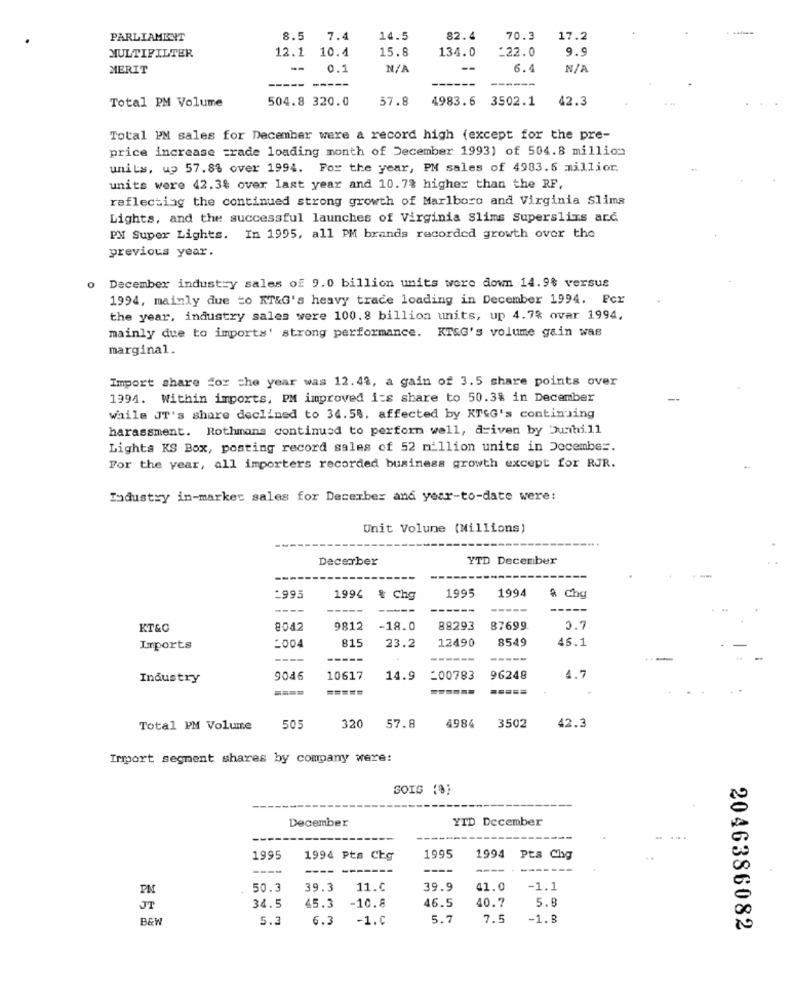
PARLIAMENT
8.5 7.4
14.5
82.4
70.3
17.2
MULTIFILTER
12.1 10.4
15.8
9.9
134.0
_22.0
MERIT
--
0.1
--
6.4
-----
Total PM Volume
504.8 320.0
57.8
4983.6 3502.1
42.3
Total PM sales for December were a record high (except for the pre-
price increase trade loading month of December 1993) of 504.8 million
units, up 57.8% over 1994. For the year, PM sales of 4983.6 million.
units were 42.3% over last year and 10.7% higher than the RF,
reflecting the continued strong growth of Marlboro and Virginia Slims
Lights, and the successful launches of Virginia Slims Superslins ard
PM Super Lights. In 1995, all PM brands recorded growth over the
previous year.
o December industry sales of 9.0 billion units were down 14.9% versus
1994, mainly due to KT&G's heavy trace loading in December 1994. Per
the year, industry sales were 100.8 billion units, up 4.7% ovar 1994,
mainly due to imports' strong performance. KT&G's volume gain was
marginal.
Import share For the year was 12.42, a gain of 3.5 share points over
1994. Within imports, PM improved its share to 50.3% in December
While JT's share declined to 34.5%. affected by KT&G's continuing
harassment. Rothmans continued to perform well, driven by Dunhill
Lights KS Box, posting record sales of 52 million units in December.
For the year, all importers recorded business growth except for RJR.
Industry in-market sales for December and year-to-date were:
Unit Volune (Millions)
---
Decerber
YTD December
-----
1995
-995
1994 & Chg
1994
A chg
----
KT&C
8042
9812
-18.0
88293
87699
0.7
1004
815
23.2
12490
8549
45.1
Imports
Industry
9046
10617
14.9
200783
96248
4.7
=====
4984
Total PM Volume
505
320
57.8
3502
42.3
Import segment shares by company were:
GOIG (%)
December
YTD December
1995
1994 Pts Chg
1995
1994
Pts Chg
----
PM
50.3
39.3
11.C
39.9
41.0
-1.1
40.7
5.8
JT
34.5
45.3
-10.8
46.5
B&W
5.3
6.3
-1.0
5.7
7.5
-1.8
2046386082